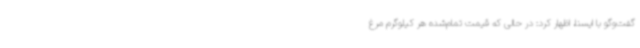
گفت‌وگو با ایسنا، اظهار کرد: در حالی که قیمت تمام‌شده هر کیلوگرم مرغ